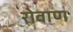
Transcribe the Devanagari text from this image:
रोवाण